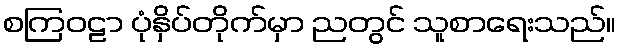
စကြဝဠာ ပုံနှိပ်တိုက်မှာ ညတွင် သူစာရေးသည်။